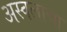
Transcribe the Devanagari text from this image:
अस्वलाचा